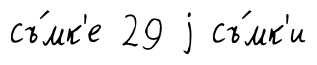
съ́мк'е 29 j съ́мк'и